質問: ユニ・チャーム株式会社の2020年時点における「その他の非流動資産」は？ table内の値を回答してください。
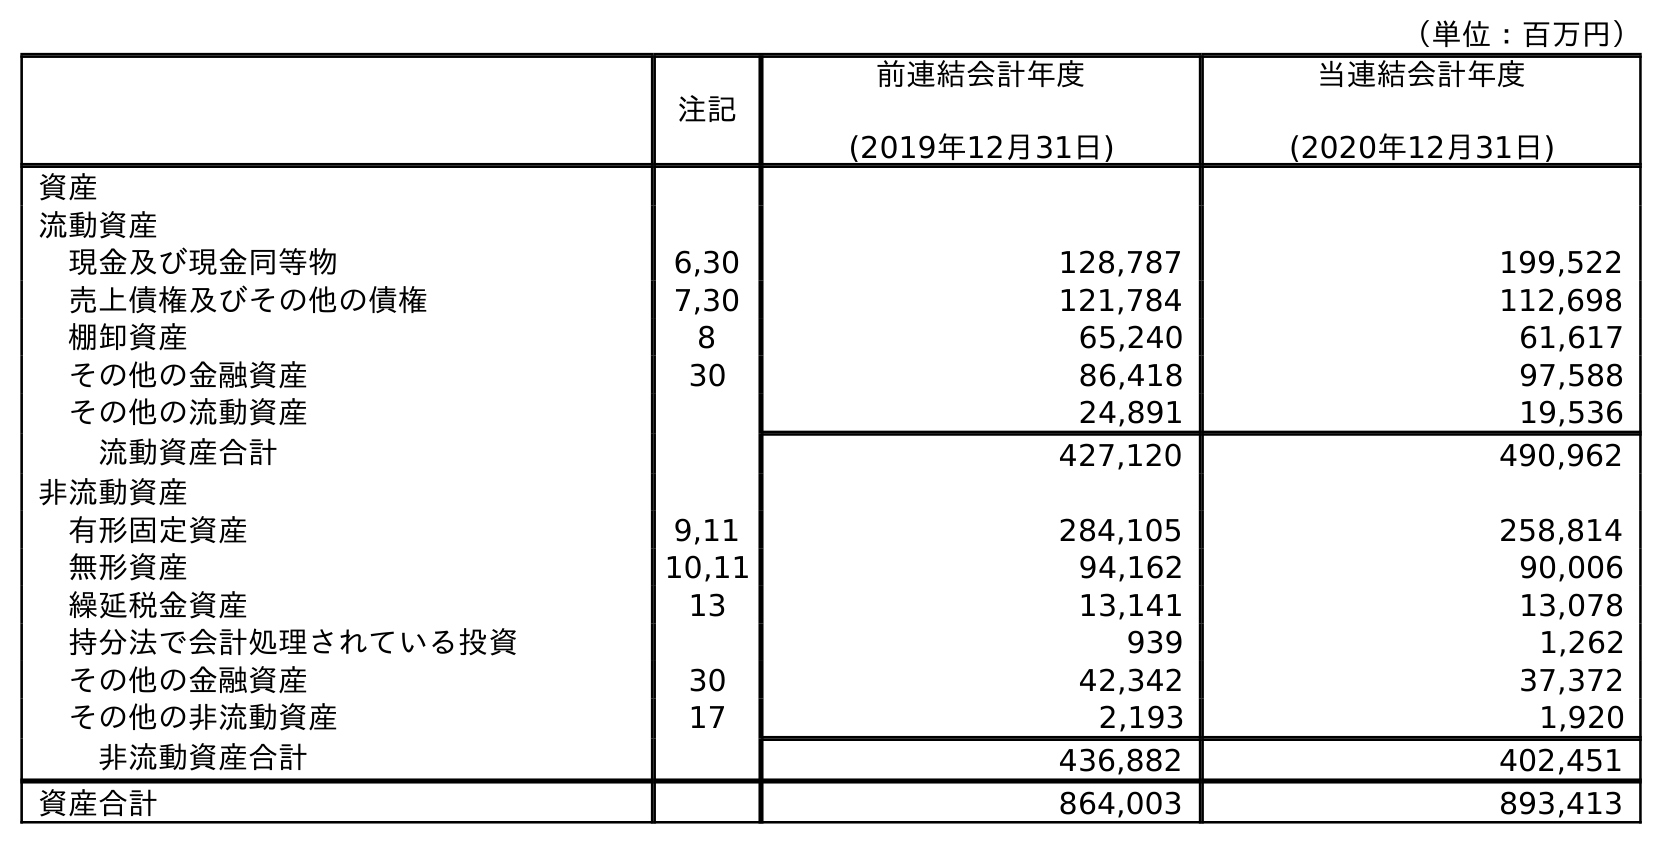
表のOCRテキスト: （単位：百万円） 注記 前連結会計年度 (2019年12月31日) 当連結会計年度 (2020年12月31日) 資産 流動資産 現金及び現金同等物 6,30 128,787 199,522 売上債権及びその他の債権 7,30 121,784 112,698 棚卸資産 8 65,240 61,617 その他の金融資産 30 86,418 97,588 その他の流動資産 24,891 19,536 流動資産合計 427,120 490,962 非流動資産 有形固定資産 9,11 284,105 258,814 無形資産 10,11 94,162 90,006 繰延税金資産 13 13,141 13,078 持分法で会計処理されている投資 939 1,262 その他の金融資産 30 42,342 37,372 その他の非流動資産 17 2,193 1,920 非流動資産合計 436,882 402,451 資産合計 864,003 893,413
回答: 1,920